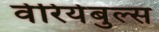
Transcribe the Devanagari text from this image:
वेरियेबुल्स